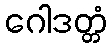
ဂေါဒတ္တံ